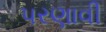
પરણાવી